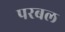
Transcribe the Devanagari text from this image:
परबल